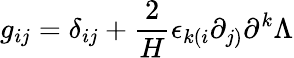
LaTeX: g_{ij}=\delta_{ij}+\frac{2}{H}\epsilon_{k(i}\partial_{j)}\partial^{k}\Lambda